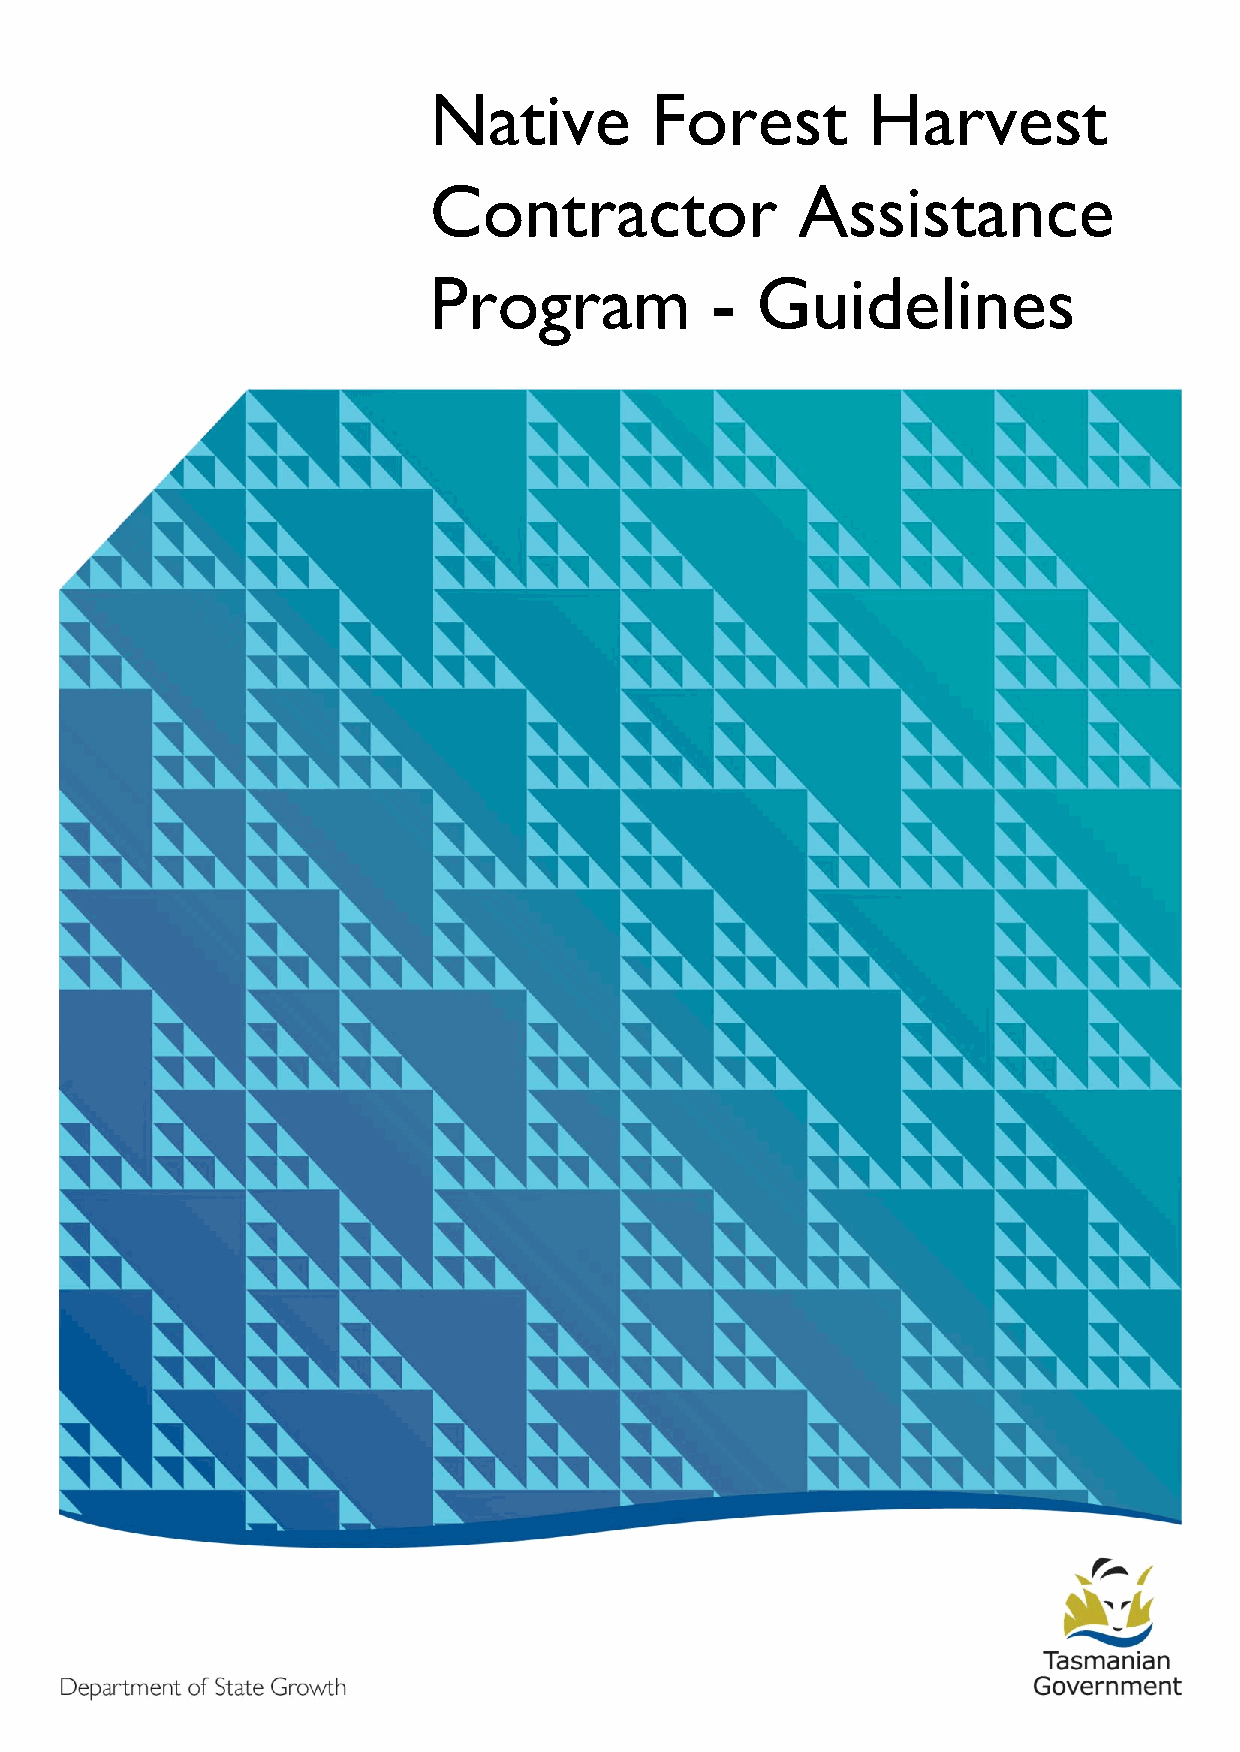
Native         Forest        Harvest
 Contractor               Assistance
 Program            -  Guidelines